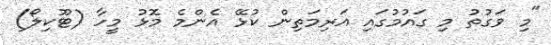
"މި ވަގުތު މި ގައުމުގައި އަރިމަތިން ކުޅޭ އެންމެ މޮޅު މީހާ (ޓޫކިލޯ)